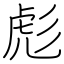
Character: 彪